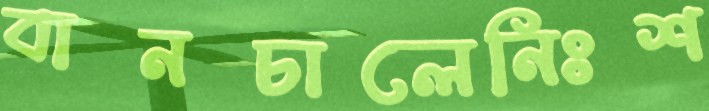
বানচালেনিঃশ